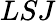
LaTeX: LSJ